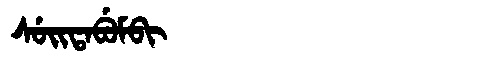
Manchu: ᠰᡠᡳᡨᠠᠪᡠᠮᠪᡳ
Romanization: SUITABUMBI